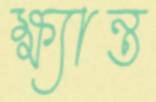
ক্ষ্যান্ত